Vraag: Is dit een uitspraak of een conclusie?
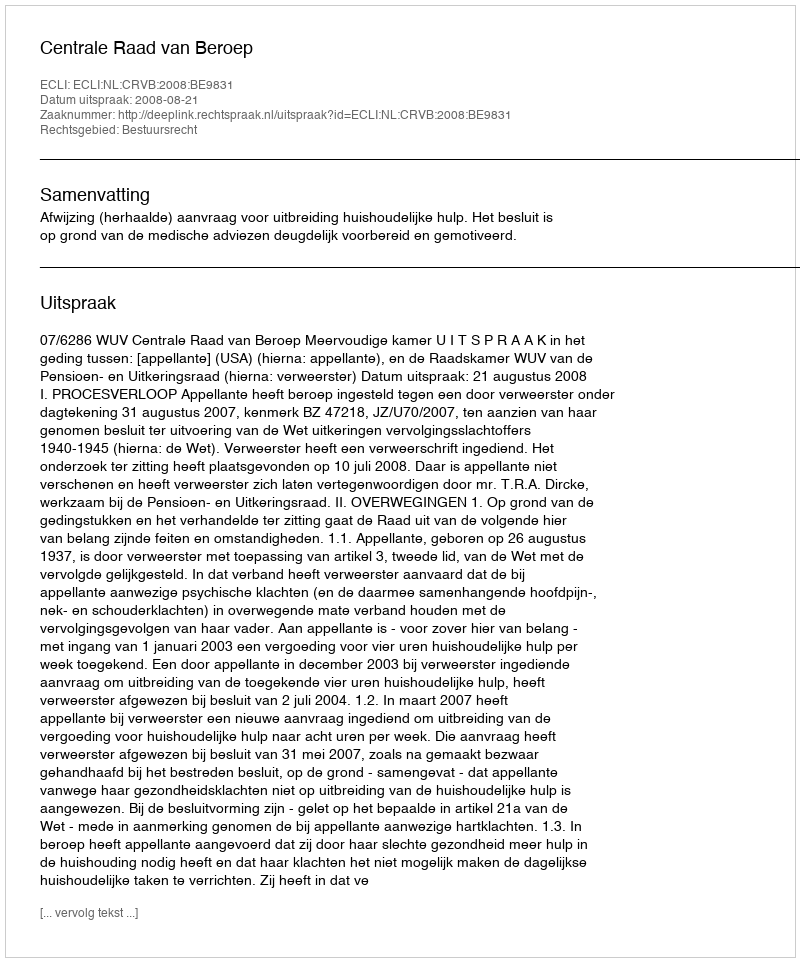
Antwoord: Uitspraak